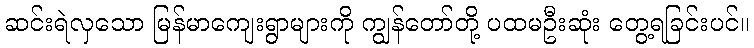
ဆင်းရဲလှသော မြန်မာကျေးရွာများကို ကျွန်တော်တို့ ပထမဦးဆုံး တွေ့ရခြင်းပင်။